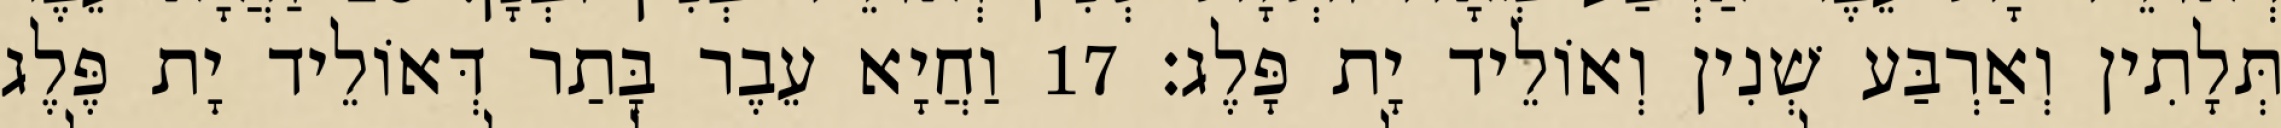
תְּלָתִין וְאַרְבַּע שְׁנִין וְאוֹלֵיד יָת פָּלֶג׃ 17 וַחֲיָא עֵבֶר בָּתַר דְּאוֹלֵיד יָת פֶּלֶג